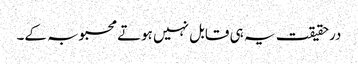
درحقیقت یہ ہی قابل نہیں ہوتے محبوبہ کے۔